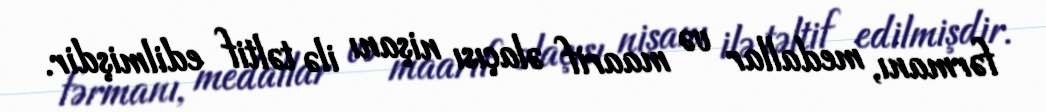
fərmanı, medallar və maarif əlaçısı nişanı ilə təltif edilmişdir.